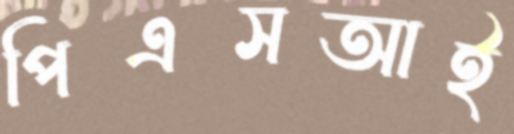
পিএসআই